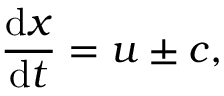
{ \frac { \mathrm { d } x } { \mathrm { d } t } } = u \pm c ,